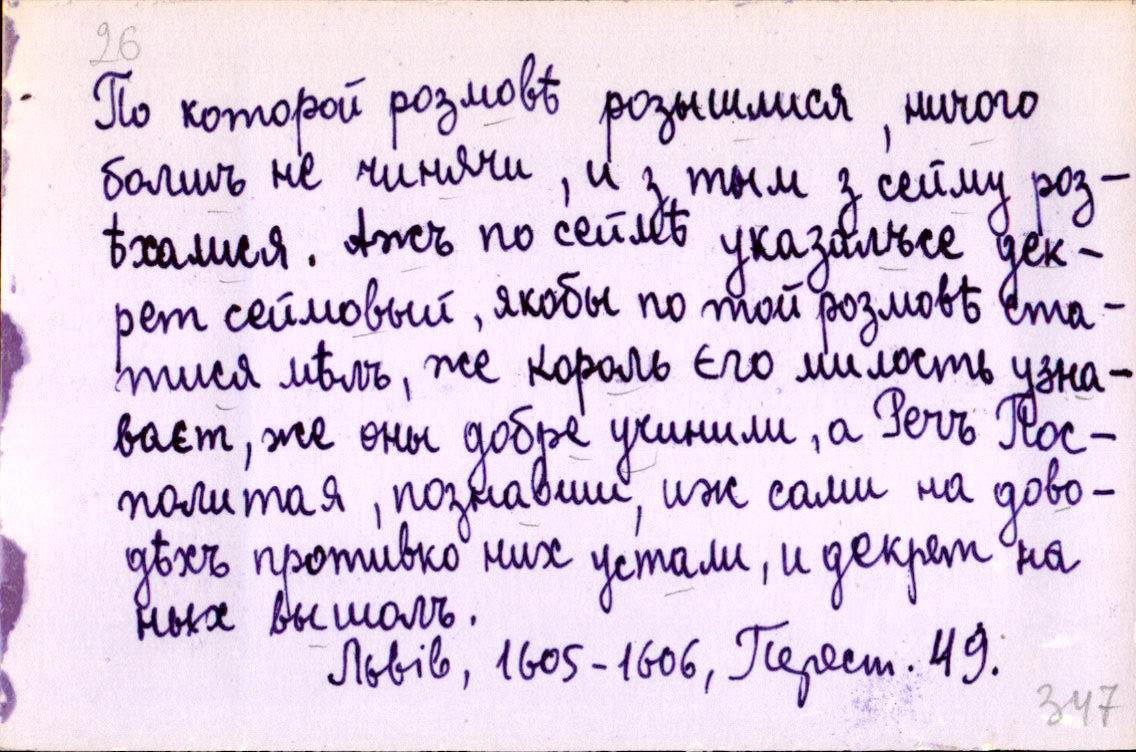
По которой розмовѣ розышлися, ничого
болшъ не чинячи, и з тым з сейму роз-
ѣхалися. Ажъ по сеймѣ указалъсе дек-
рет сеймовый, якобы по той розмовѣ ста-
тися мѣлъ, же король єго милость узна-
ваєт, же оны добре учинили, а Речъ Пос-
политая, познавши, иж сами на дово-
дѣхъ противко нихъ устали, и декрет на
ных вышолъ.
Львів, 1605-1606, Перест. 49.